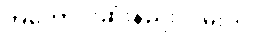
အကောင်းဆုံးနည်းလမ်းကို